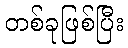
တစ်ခုဖြစ်ပြီး